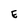
Character: E